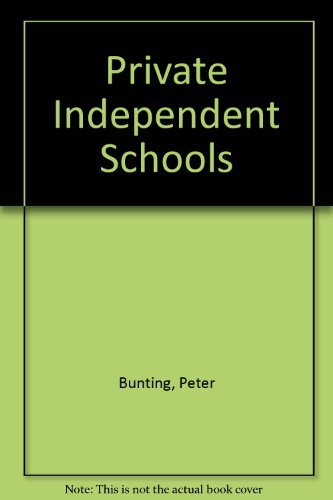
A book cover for Private Independent Schools 2003; Peter Bunting; Test Preparation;